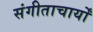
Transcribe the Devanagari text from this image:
संगीताचार्यों